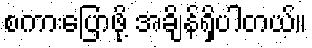
စကားပြောဖို့ အချိန်ရှိပါတယ်။